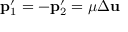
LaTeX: \mathbf { p } _ { 1 } ^ { \prime } = - \mathbf { p } _ { 2 } ^ { \prime } = \mu \Delta \mathbf { u }